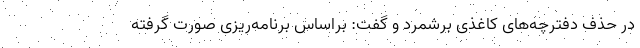
در حذف دفترچه‌های کاغذی برشمرد و گفت: براساس برنامه‌ریزی صورت گرفته